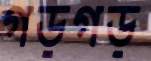
গড়গড়